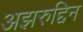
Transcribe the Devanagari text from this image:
अझरुद्दिन